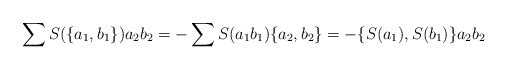
\begin{align*}\sum S(\{a_1,b_1\})a_2b_2=-\sum S(a_1b_1)\{a_2,b_2\}=-\{S(a_1),S(b_1)\}a_2b_2\end{align*}